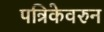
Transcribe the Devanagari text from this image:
पत्रिकेवरुन